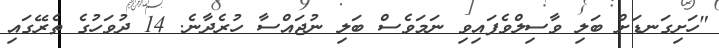
"ހަށިގަނޑަށް ބަލި ވާސިލްވެފައިވި ނަމަވެސް ބަލި ނުޖައްސާ ހުރެދާނެ. 14 ދުވަހުގެ ތެރޭގައި